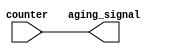
module sig_extrator #(
    parameter time_count = 8
) (
    input [time_count - 1 :0] counter,
    output wire [time_count - 1 :0] aging_signal
);

    assign aging_signal = counter;

    
endmodule